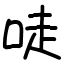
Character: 唗